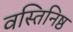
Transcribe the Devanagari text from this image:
वस्तिनिष्ठ